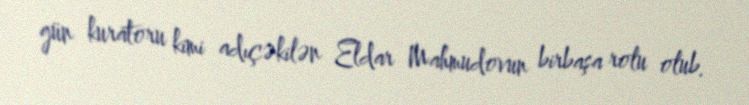
gün kuratoru kimi adıçəkilən Eldar Mahmudovun birbaşa rolu olub.